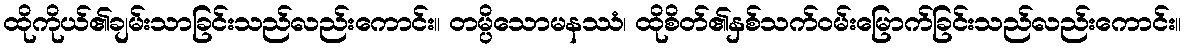
ထိုကိုယ်၏ချမ်းသာခြင်းသည်လည်းကောင်း။ တမ္ပိသောမနဿံ၊ ထိုစိတ်၏နှစ်သက်ဝမ်းမြောက်ခြင်းသည်လည်းကောင်း။